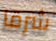
شرقا